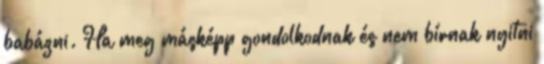
babázni. Ha meg másképp gondolkodnak és nem bírnak nyitni